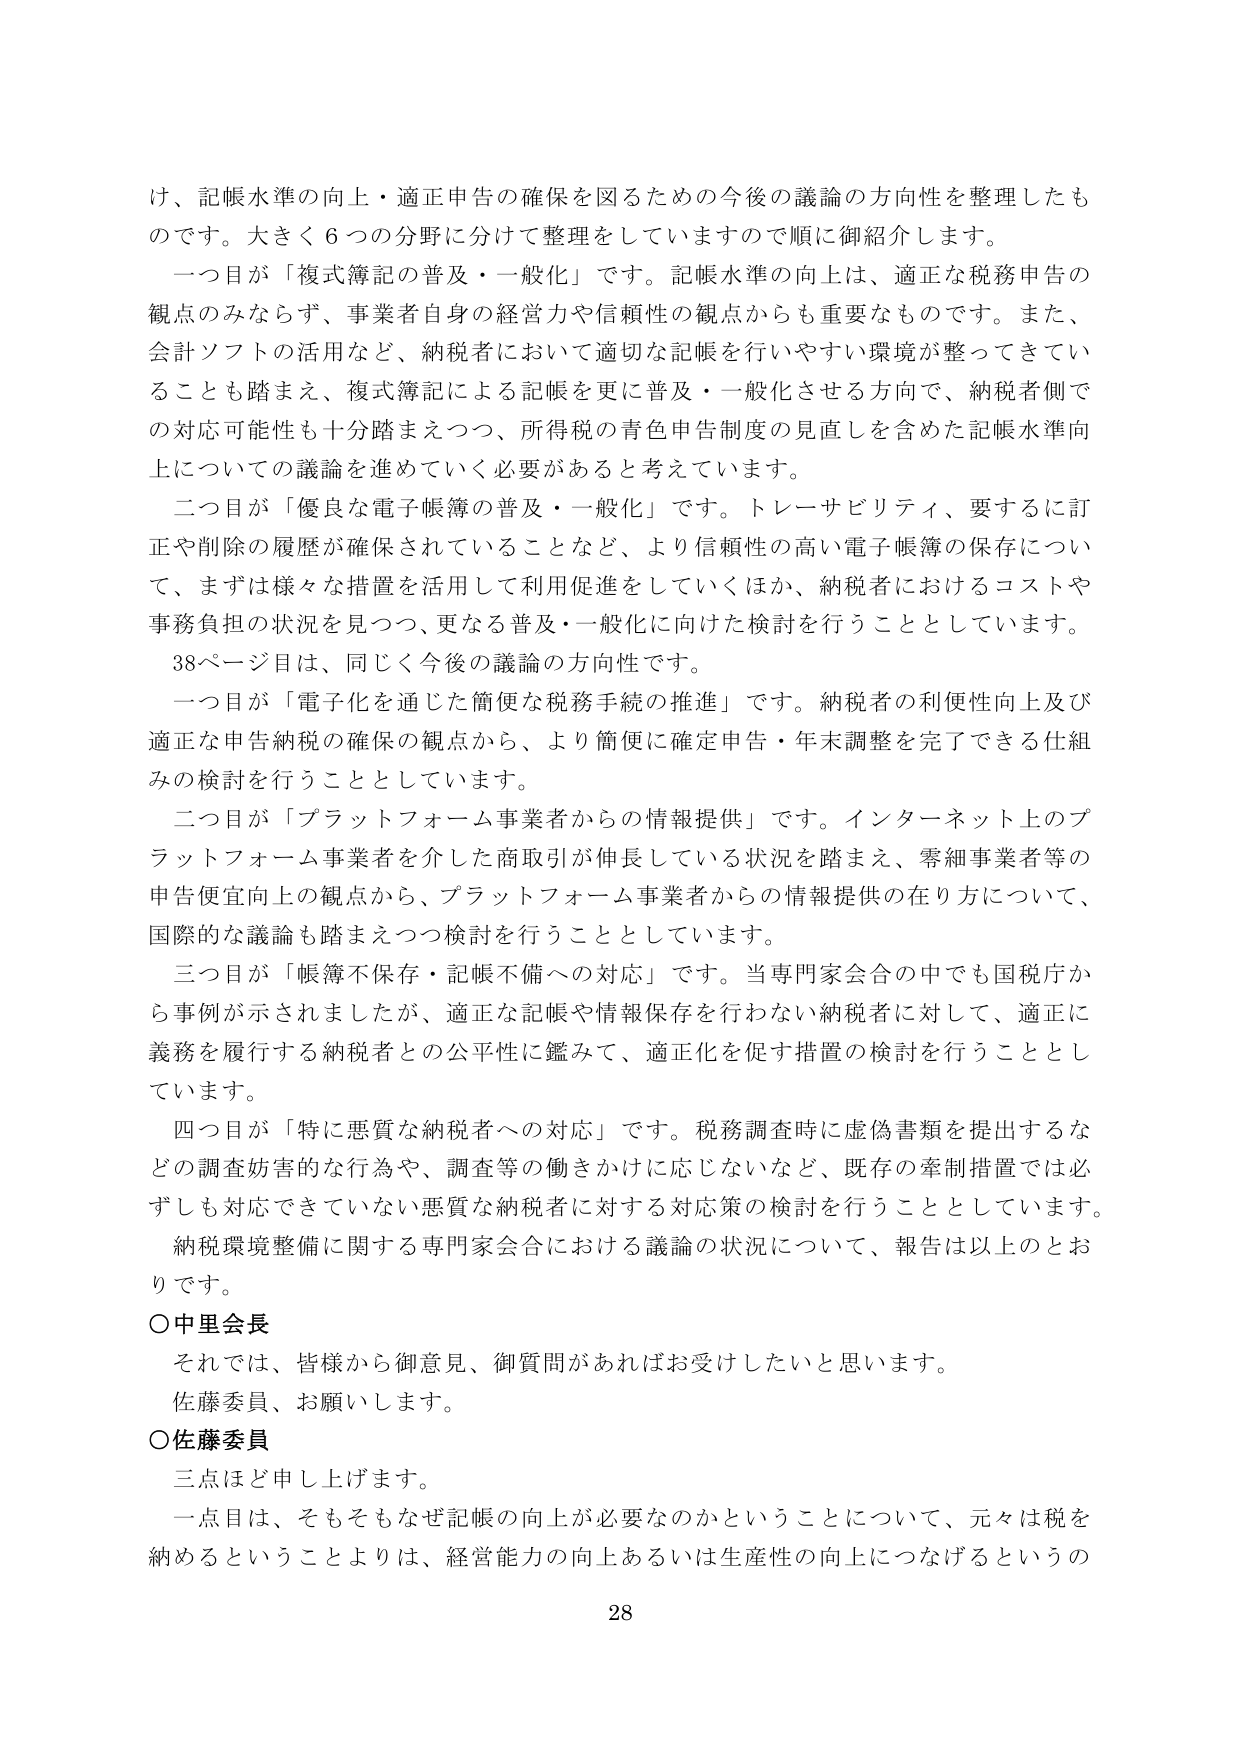
け、記帳水準の向上・適正申告の確保を図るための今後の議論の方向性を整理したものです。大きく６つの分野に分けて整理をしていますので順に御紹介します。

一つ目が「複式簿記の普及・一般化」です。記帳水準の向上は、適正な税務申告の観点のみならず、事業者自身の経営力や信頼性の観点からも重要なもののです。また、会計ソフトの活用など、納税者において適切な記帳を行いやすい環境が整ってきていることも踏まえ、複式簿記による記帳を更に普及・一般化させる方向で、納税者側での対応可能性も十分踏まえつつ、所得税の青色申告制度の見直しを含めた記帳水準向上についての議論を進めていく必要があると考えています。

二つ目が「優良な電子帳簿の普及・一般化」です。トレーサビリティ、要するに訂正や削除の履歴が確保されていることなど、より信頼性の高い電子帳簿の保存について、まずは様々な措置を活用して利用促進をしていくほか、納税者におけるコストや事務負担の状況を見つつ、更なる普及・一般化に向けた検討を行うこととしています。

38ページ目は、同じく今後の議論の方向性です。

一つ目が「電子化を通じた簡便な税務手続の推進」です。納税者の利便性向上及び適正な申告納税の確保の観点から、より簡便に確定申告・年末調整を完了できる仕組みの検討を行うこととしています。

二つ目が「プラットフォーム事業者からの情報提供」です。インターネット上のプラットフォーム事業者を介した商取引が伸長している状況を踏まえ、零細事業者等の申告便宜向上の観点から、プラットフォーム事業者からの情報提供の在り方について、国際的な議論も踏まえつつ検討を行うこととしています。

三つ目が「帳簿不保存・記帳不備への対応」です。当専門家会合の中でも国税庁から事例が示されました。が、適正な記帳や情報保存を行わない納税者に対して、適正に義務を履行する納税者との公平性に鑑みて、適正化を促す措置の検討を行うこととしています。

四つ目が「特に悪質な納税者への対応」です。税務調査時に虚偽書類を提出するなどの調査妨害的な行為や、調査等の働きかけに応じないなど、既存の牽制措置では必ずしも対応できていない悪質な納税者に対する対応策の検討を行うこととしています。

納税環境整備に関する専門家会合における議論の状況について、報告は以上のおわりです。

○中里会長
それでは、皆様から御意見、御質問があればお受けしたいと思います。
佐藤委員、お願いします。

○佐藤委員
三点ほど申し上げます。
一点目は、そもそもなぜ記帳の向上が必要なのかということについて、元々は税を納めるということよりは、経営能力の向上あるいは生産性の向上につなげるというの

28